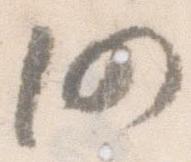
仍